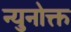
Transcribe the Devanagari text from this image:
न्युनोक्त